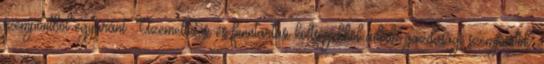
szempontból egyaránt. Üzemeltetési és fenntartási költségekből adódó gazdasági szempontok.